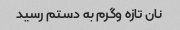
نان تازه وگرم به دستم رسید